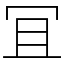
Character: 冝